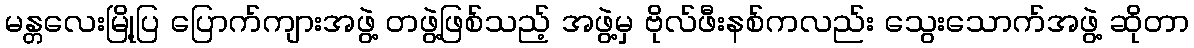
မန္တလေးမြို့ပြ ပြောက်ကျားအဖွဲ့ တဖွဲ့ဖြစ်သည့် အဖွဲ့မှ ဗိုလ်ဖီးနစ်ကလည်း သွေးသောက်အဖွဲ့ ဆိုတာ